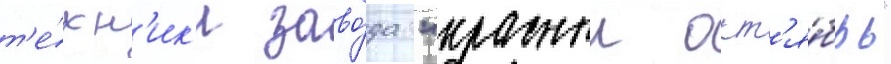
т'е́хн'ик'и заво́да "красныи окт'я́брь"